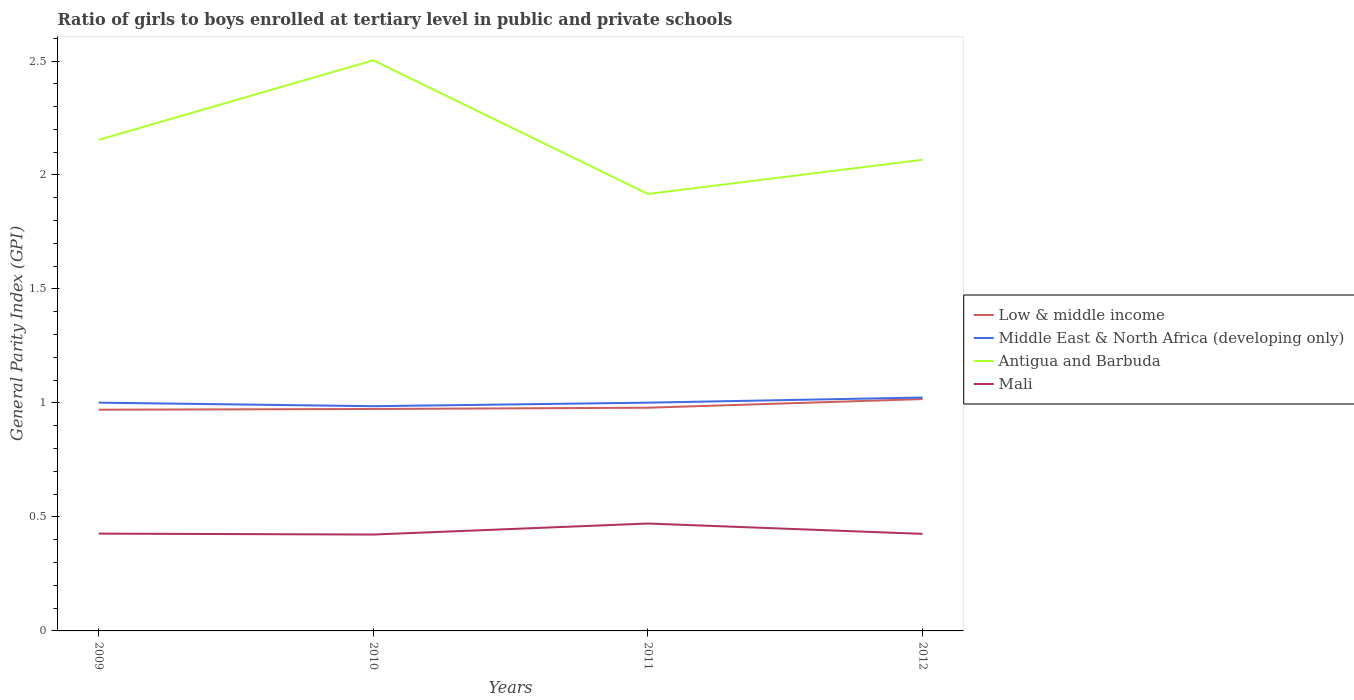
| Years | Low & middle income | Middle East & North Africa (developing only) | Antigua and Barbuda | Mali |
 | --- | --- | --- | --- | --- |
 | 2009 | 0.97 | 1 | 2.15 | 0.427 |
 | 2010 | 0.974 | 0.986 | 2.5 | 0.423 |
 | 2011 | 0.979 | 1 | 1.92 | 0.471 |
 | 2012 | 1.02 | 1.02 | 2.07 | 0.426 |